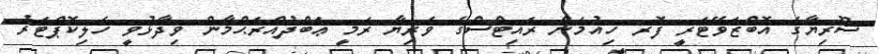
ސޫރިޔާގެ އޮބްޒަވޭޓަރީ ފޮރ ހިއުމަން ރައިޓްސްގެ ވެރިޔާ ރަމީ ޢަބްދުއްރަޙްމާން ވިދާޅުވީ ހެލިކޮޕްޓަރު